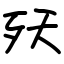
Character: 殀